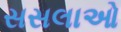
સસલાઓ